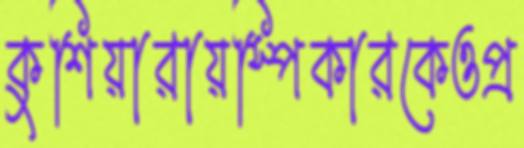
কুশিয়ারায়স্পিকারকেওপ্র